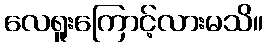
လေရူးကြောင့်လားမသိ။